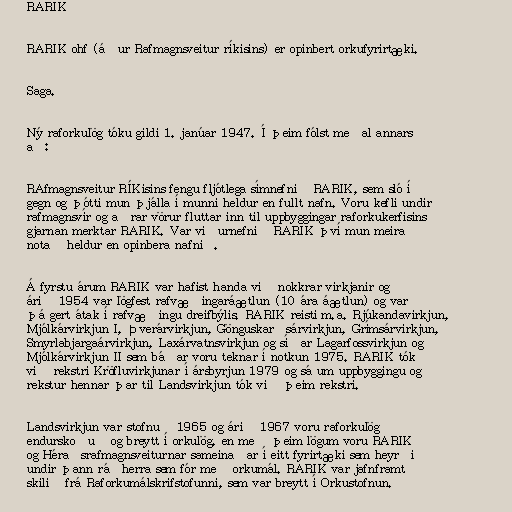
RARIK

RARIK ohf (áður Rafmagnsveitur ríkisins) er opinbert orkufyrirtæki.

Saga.

Ný raforkulög tóku gildi 1. janúar 1947. Í þeim fólst meðal annars
að:

RAfmagnsveitur RÍKisins fengu fljótlega símnefnið RARIK, sem sló í
gegn og þótti mun þjálla í munni heldur en fullt nafn. Voru kefli undir
rafmagnsvír og aðrar vörur fluttar inn til uppbyggingar raforkukerfisins
gjarnan merktar RARIK. Var viðurnefnið RARIK því mun meira
notað heldur en opinbera nafnið.

Á fyrstu árum RARIK var hafist handa við nokkrar virkjanir og
árið 1954 var lögfest rafvæðingaráætlun (10 ára áætlun) og var
þá gert átak í rafvæðingu dreifbýlis. RARIK reisti m.a. Rjúkandavirkjun,
Mjólkárvirkjun I, Þverárvirkjun, Gönguskarðsárvirkjun, Grímsárvirkjun,
Smyrlabjargaárvirkjun, Laxárvatnsvirkjun og síðar Lagarfossvirkjun og
Mjólkárvirkjun II sem báðar voru teknar í notkun 1975. RARIK tók
við rekstri Kröfluvirkjunar í ársbyrjun 1979 og sá um uppbyggingu og
rekstur hennar þar til Landsvirkjun tók við þeim rekstri.

Landsvirkjun var stofnuð 1965 og árið 1967 voru raforkulög
endurskoðuð og breytt í orkulög, en með þeim lögum voru RARIK
og Héraðsrafmagnsveiturnar sameinaðar í eitt fyrirtæki sem heyrði
undir þann ráðherra sem fór með orkumál. RARIK var jafnframt
skilið frá Raforkumálskrifstofunni, sem var breytt í Orkustofnun.